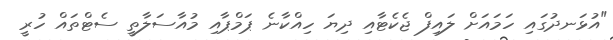
"އުޅަނދުގައި ހަމައަށް ލައިފް ޖެކެޓާއި ދިޔަ ހިއްކާނެ ޕަމްޕާއި މުއާސަލާތީ ސެޓްތައް ހުރީ